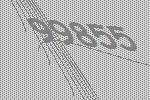
99855